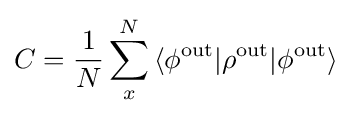
C={1 \over N}\sum _{x}^{N}{\langle \phi ^{\text{out}}|\rho ^{\text{out}}|\phi ^{\text{out}}\rangle }